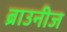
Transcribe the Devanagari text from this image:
ब्राउनीज